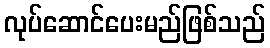
လုပ်ဆောင်ပေးမည်ဖြစ်သည်